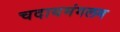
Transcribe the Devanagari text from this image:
चदायमंगलम